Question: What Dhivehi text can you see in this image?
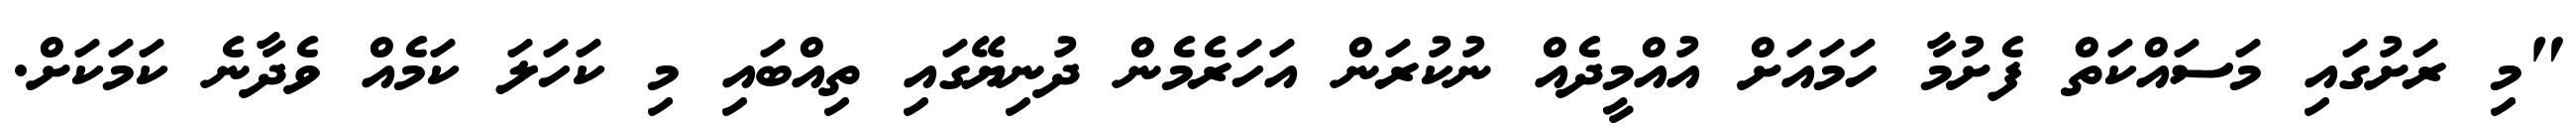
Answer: "މި ރަށުގައި މަސައްކަތް ފެށުމާ ހަމައަށް އުއްމީދެއް ނުކުރަން އަހަރެމެން ދުނިޔޭގައި ތިއްބައި މި ކަހަލަ ކަމެއް ވެދާނެ ކަމަކަށް.